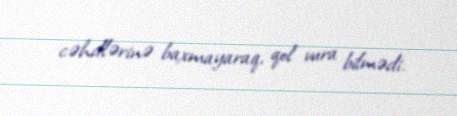
cəhdlərinə baxmayaraq, qol vura bilmədi.